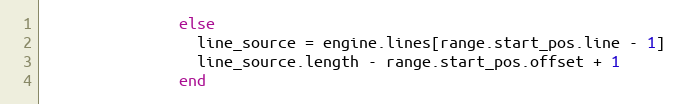
Language: Ruby
               else
                 line_source = engine.lines[range.start_pos.line - 1]
                 line_source.length - range.start_pos.offset + 1
               end